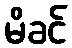
မိခင်